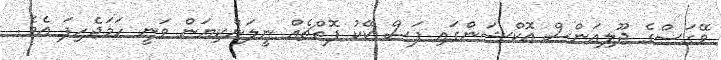
ވޭގަސްގެ ޖޫލިއަންސް އޮކްޝަންގައި ފަސް ކޭކު ފޮތްޗެއް ނީލަންކިޔަން ވަނީ ހަމަޖެހިފަ އެވެ.